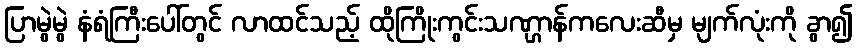
ပြာမွဲမွဲ နံရံကြီးပေါ်တွင် လာထင်သည့် ထိုကြိုးကွင်းသဏ္ဌာန်ကလေးဆီမှ မျက်လုံးကို ခွာ၍